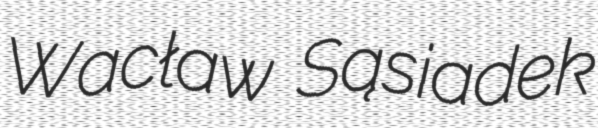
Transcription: Wacław Sąsiadek